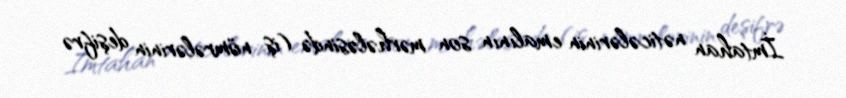
İmtahan nəticələrinin emalının son mərhələsində (iş nömrələrinin deşifrə